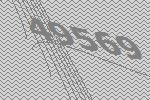
49569